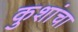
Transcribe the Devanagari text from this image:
कुशांचा